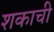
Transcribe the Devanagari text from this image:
शकाची